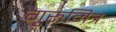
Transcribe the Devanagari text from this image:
गुरुमित्र